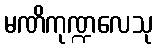
မဏိကုဏ္ဍလေသု